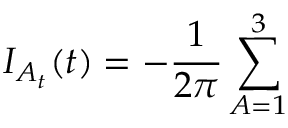
I _ { A _ { t } } ( t ) = - \frac { 1 } { 2 \pi } \sum _ { A = 1 } ^ { 3 }